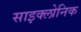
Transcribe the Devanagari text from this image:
साइक्लोनिक